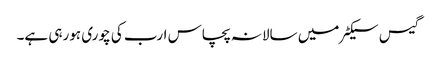
گیس سیکٹر میں سالانہ پچاس ارب کی چوری ہورہی ہے۔